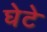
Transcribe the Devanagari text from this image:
घेटे